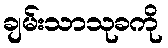
ချမ်းသာသုခကို